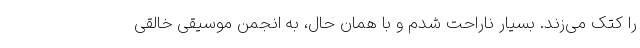
را کتک می‌زند. بسیار ناراحت شدم و با همان حال، به انجمن موسیقی خالقی